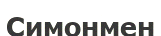
Симонмен